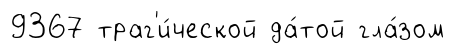
9367 траг'и́ческой да́той гла́зом